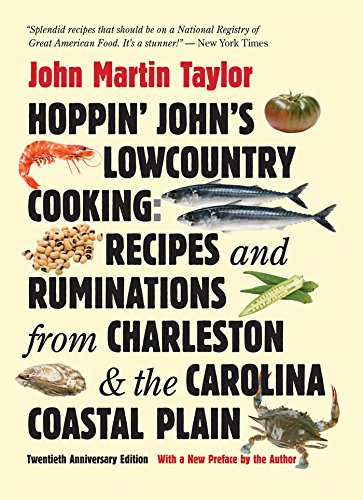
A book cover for Hoppin' John's Lowcountry Cooking: Recipes and Ruminations from Charleston and the Carolina Coastal Plain; John Martin Taylor; Cookbooks, Food & Wine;